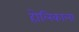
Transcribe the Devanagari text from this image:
होलिकाला